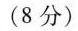
(8分)